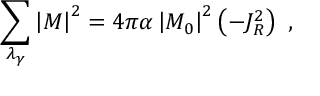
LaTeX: \sum _ { \lambda _ { \gamma } } \left| { \cal M } \right| ^ { 2 } = 4 \pi \alpha \left| { \cal M } _ { 0 } \right| ^ { 2 } \left( - J _ { R } ^ { 2 } \right) \ ,